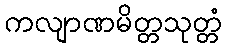
ကလျာဏမိတ္တသုတ္တံ